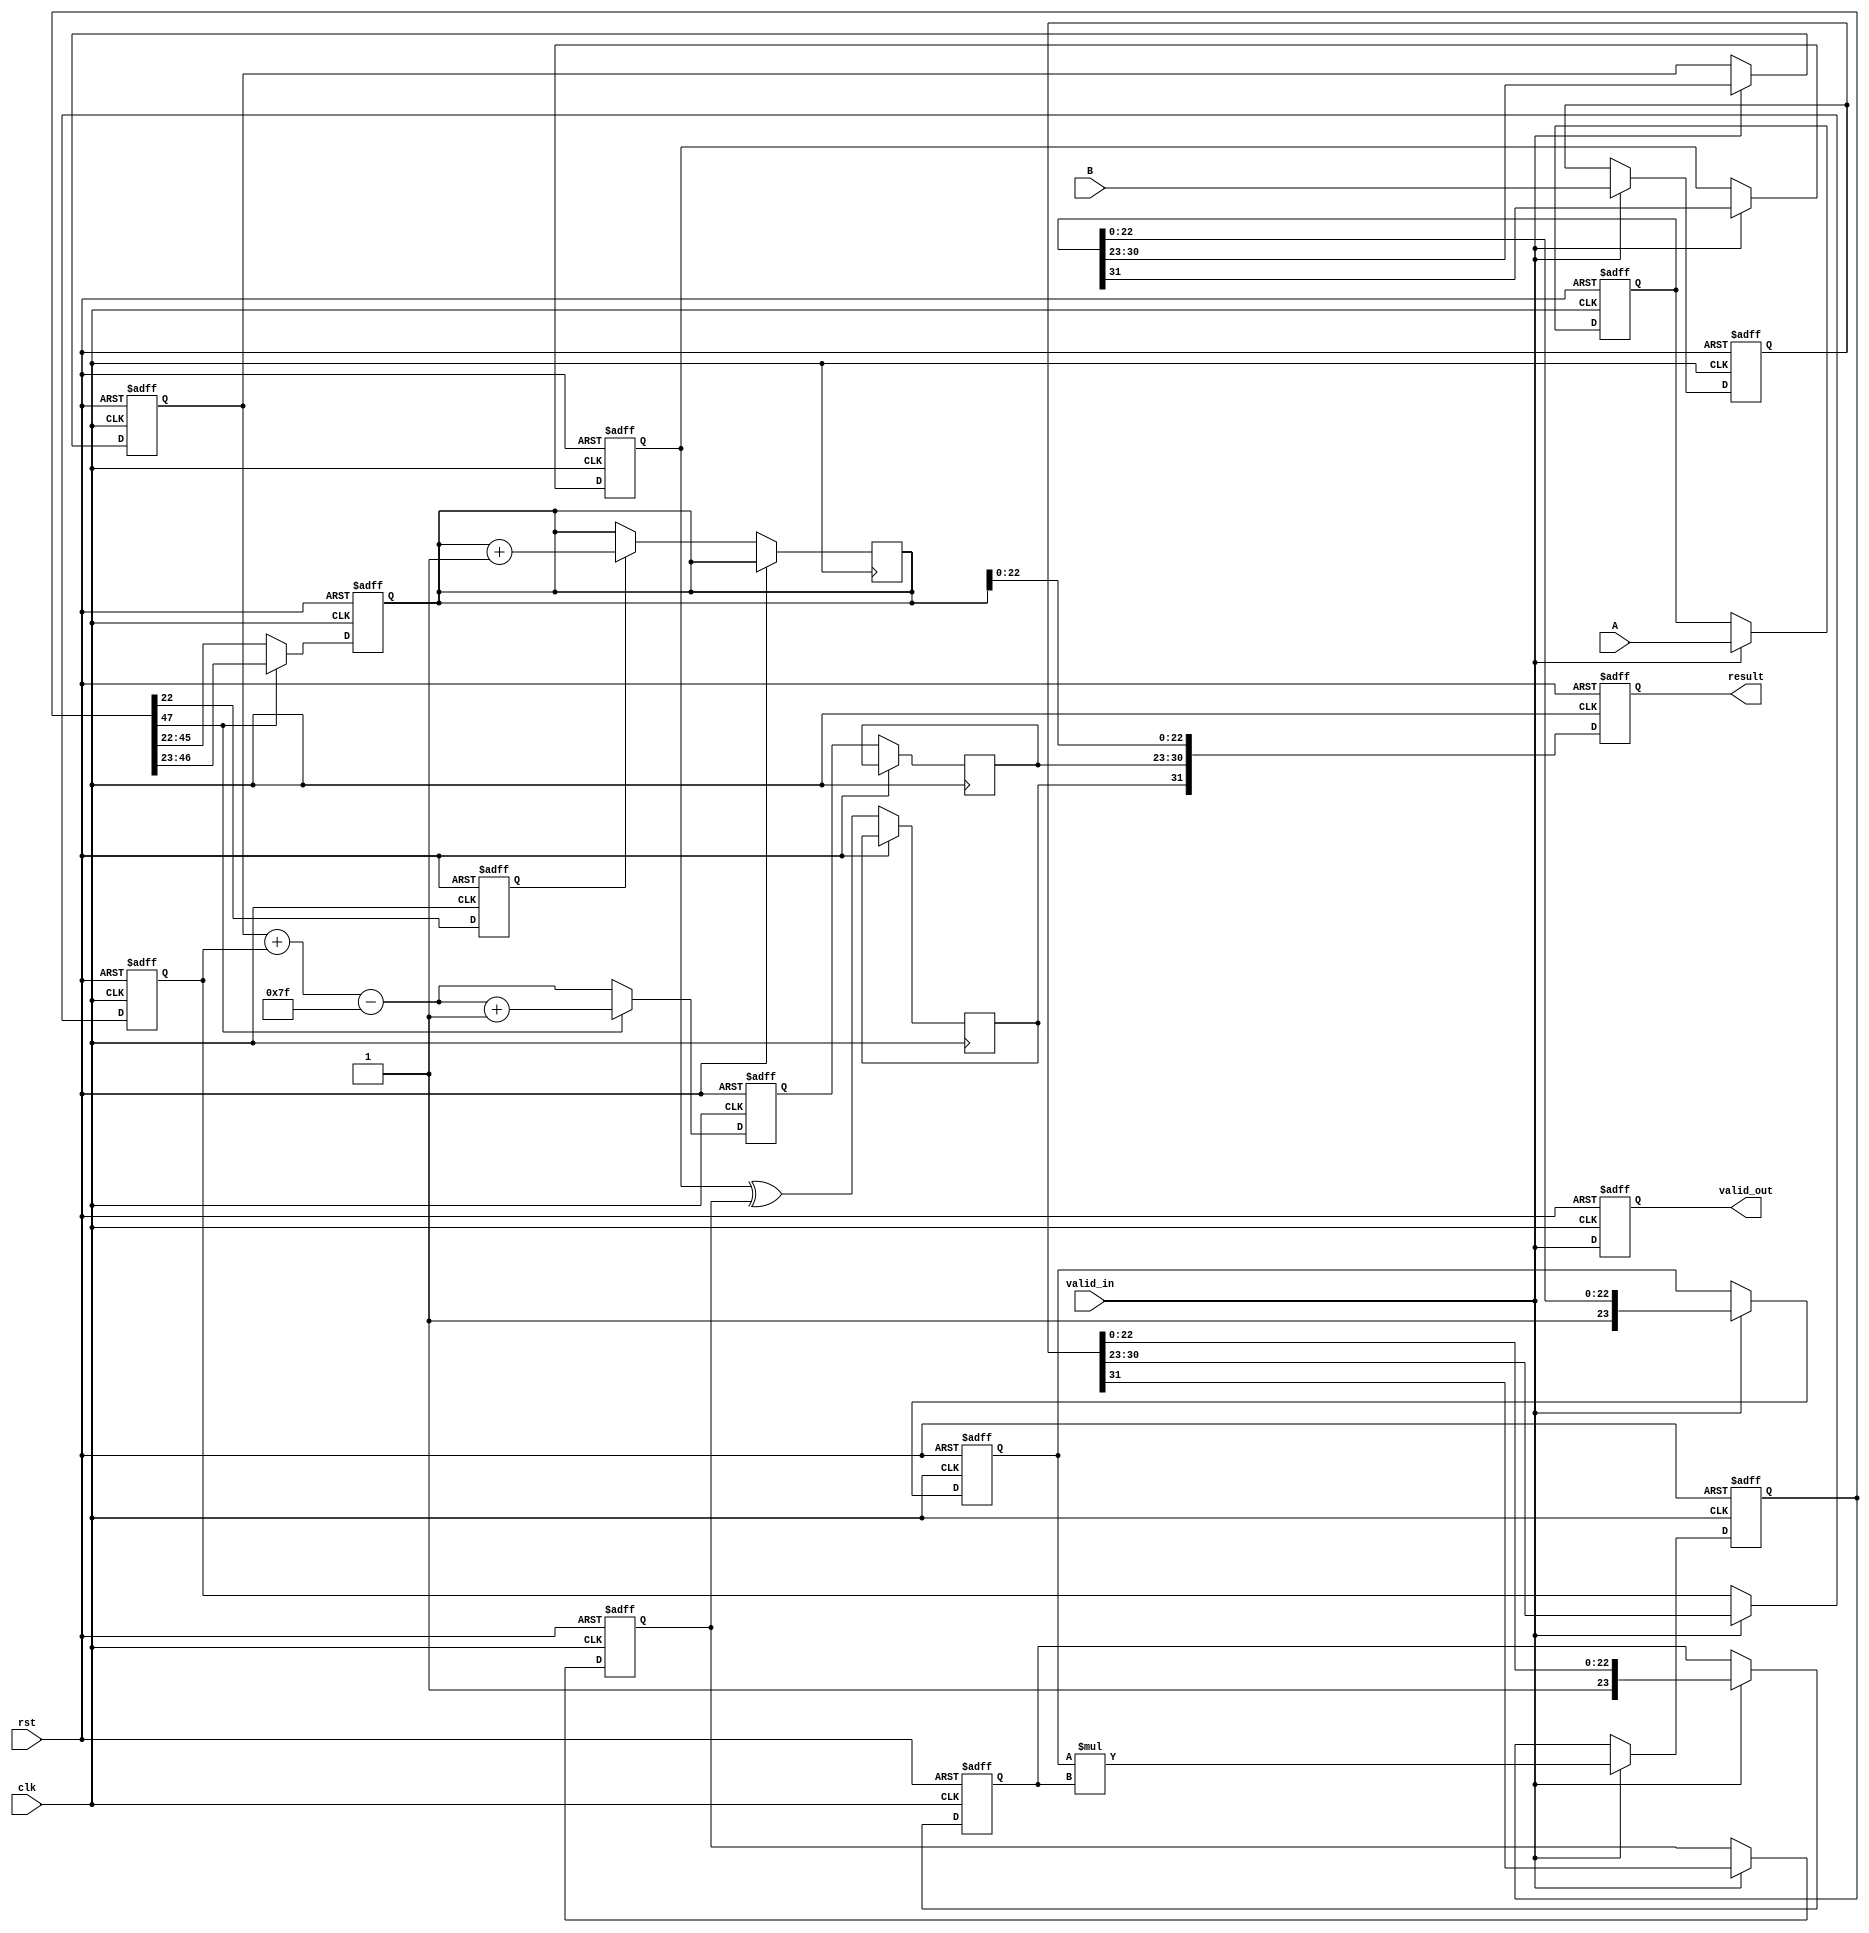
module pipelined_fp_multiplier (
    input clk,
    input rst,
    input valid_in,
    input [31:0] A, // First floating-point operand
    input [31:0] B, // Second floating-point operand
    output reg valid_out,
    output reg [31:0] result // Resulting floating-point number
);

// Internal signals for pipeline stages
reg [31:0] A_reg, B_reg;
reg sign_A, sign_B, sign_result;
reg [7:0] exponent_A, exponent_B, exponent_result;
reg [23:0] mantissa_A, mantissa_B, mantissa_result;
reg [47:0] mantissa_mult; // 24 bits * 24 bits
reg [7:0] exponent_temp;
reg [23:0] mantissa_normalized;
reg [7:0] exponent_shift;
reg rounding_bit;

// Stage 1: Input Preparation
always @(posedge clk or posedge rst) begin
    if (rst) begin
        A_reg <= 32'b0;
        B_reg <= 32'b0;
    end else if (valid_in) begin
        A_reg <= A;
        B_reg <= B;
    end
end

// Stage 2: Sign and Exponent Calculation
always @(posedge clk or posedge rst) begin
    if (rst) begin
        sign_A <= 1'b0;
        sign_B <= 1'b0;
        exponent_A <= 8'b0;
        exponent_B <= 8'b0;
    end else if (valid_in) begin
        sign_A <= A_reg[31];
        sign_B <= B_reg[31];
        exponent_A <= A_reg[30:23];
        exponent_B <= B_reg[30:23];
    end
end

// Stage 3: Mantissa Multiplication
always @(posedge clk or posedge rst) begin
    if (rst) begin
        mantissa_A <= 24'b0;
        mantissa_B <= 24'b0;
        mantissa_mult <= 48'b0;
    end else if (valid_in) begin
        mantissa_A <= {1'b1, A_reg[22:0]}; // Implicit leading 1
        mantissa_B <= {1'b1, B_reg[22:0]}; // Implicit leading 1
        mantissa_mult <= mantissa_A * mantissa_B;
    end
end

// Stage 4: Normalization
always @(posedge clk or posedge rst) begin
    if (rst) begin
        mantissa_normalized <= 24'b0;
        exponent_temp <= 8'b0;
    end else begin
        if (mantissa_mult[47]) begin
            mantissa_normalized <= mantissa_mult[46:23]; // Shift right
            exponent_temp <= exponent_A + exponent_B - 8'd127 + 1; // Adjust exponent
        end else begin
            mantissa_normalized <= mantissa_mult[45:22]; // No shift
            exponent_temp <= exponent_A + exponent_B - 8'd127; // Adjust exponent
        end
    end
end

// Stage 5: Rounding
always @(posedge clk or posedge rst) begin
    if (rst) begin
        rounding_bit <= 1'b0;
    end else begin
        rounding_bit <= mantissa_mult[22]; // LSB for rounding
        if (rounding_bit) begin
            mantissa_normalized <= mantissa_normalized + 1; // Round up
        end
    end
end

// Stage 6: Output Preparation
always @(posedge clk or posedge rst) begin
    if (rst) begin
        result <= 32'b0;
        valid_out <= 1'b0;
    end else begin
        sign_result <= sign_A ^ sign_B;
        exponent_result <= exponent_temp;
        result <= {sign_result, exponent_result, mantissa_normalized[22:0]};
        valid_out <= valid_in; // Indicate valid output
    end
end

endmodule